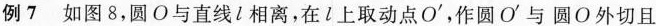
例7 如图8，圆O 与直线l相离，在l上取动点O^\prime，作圆O^\prime与圆O外切且